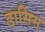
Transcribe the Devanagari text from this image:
डार्सिस